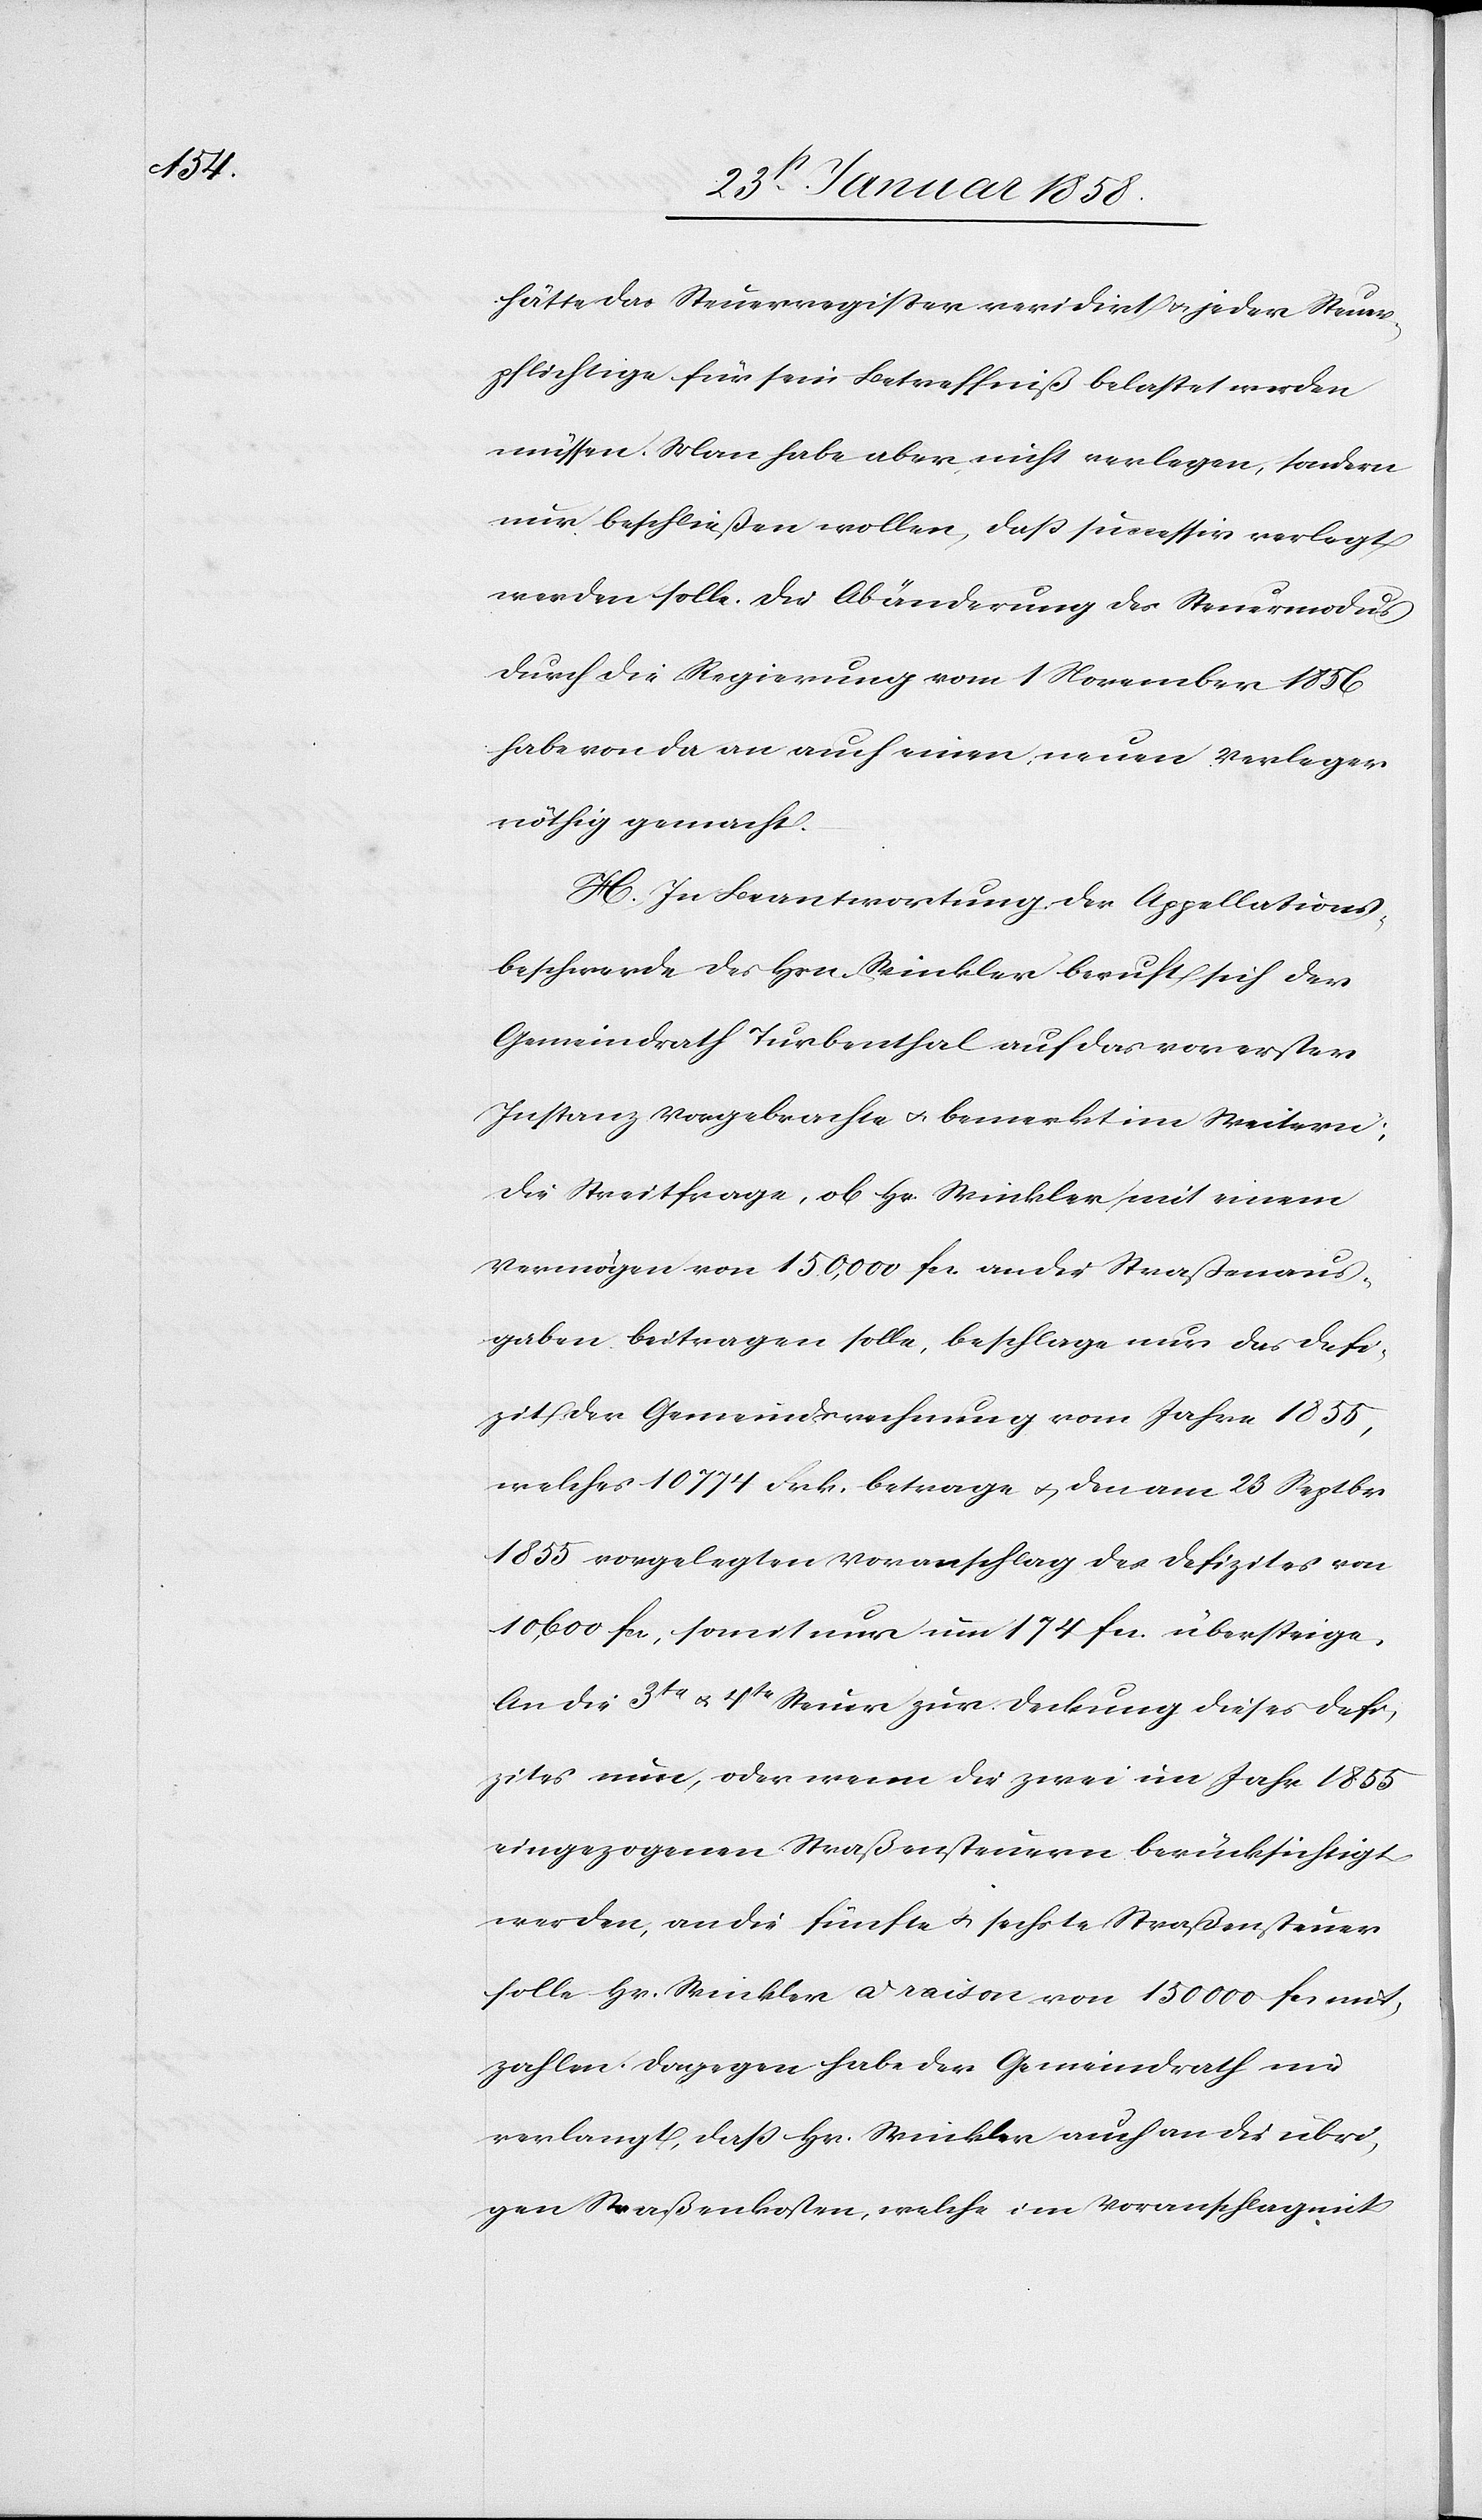
hätte das Steuerregister revidirt u. jeder Steuer¬
pflichtige für sein Betreffniß belastet werden
müssen. Man habe aber nicht verlegen, sondern
nur beschließen wollen, daß successiv verlegt
werden solle. Die Abänderung des Steuermodus
durch die Regierung vom 1 November 1856
habe von da an auch einen neuen Verleger
nöthig gemacht.
H. In Beantwortung der Appellations¬
beschwerde des Hrn. Winkler beruft sich der
Gemeindrath Turbenthal auf das vor erster
Instanz Vorgebrachte u. bemerkt im Weitern:
Die Streitfrage, ob Hr. Winkler mit einem
Vermögen von 150,000 fcs. an die Straßenaus¬
gaben beitragen solle, beschlage nur das Defi¬
zit der Gemeindsrechnung vom Jahre 1855,
welches 10 774 Frk. betrage u. den am 23 Septbr
1855 vorgelegten Voranschlag des Defizites von
10,600 fcs, somit nur um 174 fcs. übersteige.
An die 3te u. 4te Steuer zur Deckung dieses Defi¬
zites nun, oder wenn die zwei im Jahr 1855
eingezogenen Straßensteuern berücksichtigt
werden, an die fünfte u. sechste Straßensteuer
solle Hr. Winkler à raison von 150 000 fcs mit¬
zahlen. Dagegen habe der Gemeindrath
verlangt, daß Hr. Winkler auch an die übri¬
gen Straßenkosten, welche im Voranschlag mit